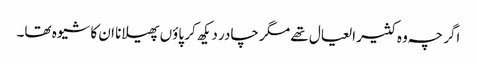
اگر چہ وہ کثیر العیال تھے مگر چادر دیکھ کر پاؤں پھیلانا ان کا شیوہ تھا۔